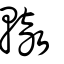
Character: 轍